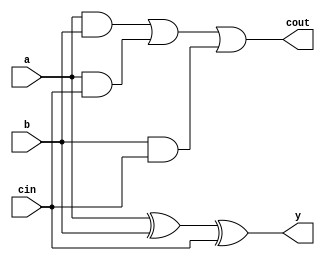
module RCA1(a, b, cin, cout, y);
    input a, b, cin;
    output cout, y;

    assign y = a ^ b ^ cin;
    assign cout = (a & b) | (a & cin) | (b & cin);
endmodule

module RCA8(a8, b8, c8in, c8out, y8); // 8bit  RCA
    input [7:0] a8, b8;
    input c8in;
    output [7:0] y8;
    output c8out;

    RCA1 add0(a8[0], b8[0], c8in, i0, y8[0]);
    RCA1 add1(a8[1], b8[1], i0, i1, y8[1]);
    RCA1 add2(a8[2], b8[2], i1, i2, y8[2]);
    RCA1 add3(a8[3], b8[3], i2, i3, y8[3]);
    RCA1 add4(a8[4], b8[4], i3, i4, y8[4]);
    RCA1 add5(a8[5], b8[5], i4, i5, y8[5]);
    RCA1 add6(a8[6], b8[6], i5, i6, y8[6]);
    RCA1 add7(a8[7], b8[7], i6, c8out, y8[7]);
endmodule

module RCA32 (S, Cout, A, B, Cin);
    input [31:0] A, B;
    input Cin;
    output [31:0] S;
    output Cout;
    // 8bit  RCA 4  32bit RCA 
    RCA8 Add0_7(A[7:0], B[7:0], Cin, w0, S[7:0]);
    RCA8 Add8_15(A[15:8], B[15:8], w0, w1, S[15:8]);
    RCA8 Add16_23(A[23:16], B[23:16], w1, w2, S[23:16]);
    RCA8 Add24_31(A[31:24], B[31:24], w2, Cout, S[31:24]);
endmodule